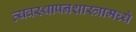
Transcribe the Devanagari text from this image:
व्यवस्थापनशास्त्रामध्ये